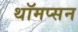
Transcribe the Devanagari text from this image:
थॉमप्सन